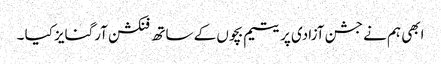
ابھی ہم نے جشن آزادی پر یتیم بچوں کے ساتھ فنکشن آرگنایز کیا ۔